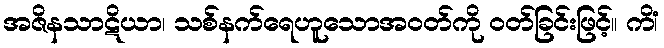
အဇိနသာဋိယာ၊ သစ်နက်ရေဟူသောအဝတ်ကို ဝတ်ခြင်းဖြင့်။ ကိံ၊